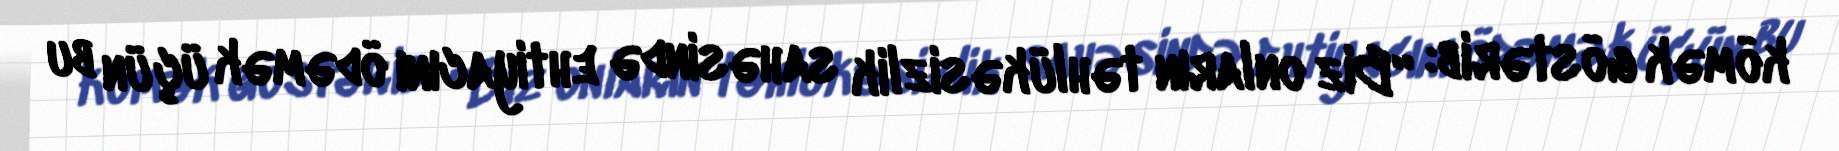
kömək göstərib: “Biz onların təhlükəsizlik sahəsində ehtiyacını ödəmək üçün bu